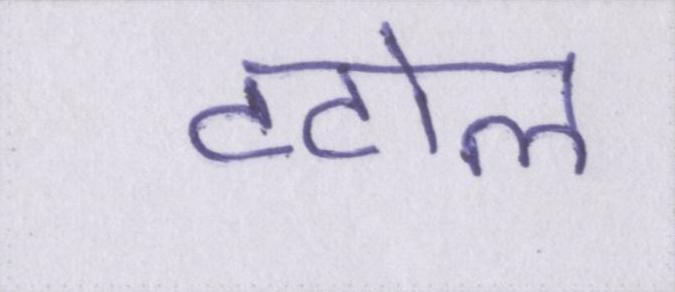
टटोल